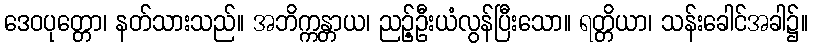
ဒေဝပုတ္တော၊ နတ်သားသည်။ အဘိက္ကန္တာယ၊ ညဉ့်ဦးယံလွန်ပြီးသော။ ရတ္တိယာ၊ သန်းခေါင်အခါ၌။